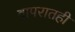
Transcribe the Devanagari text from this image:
वापरातही